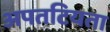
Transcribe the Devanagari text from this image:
अपतटियता